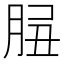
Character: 𦛑